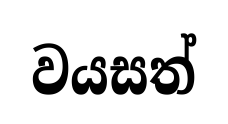
වයසත්